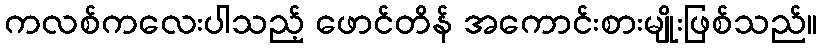
ကလစ်ကလေးပါသည့် ဖောင်တိန် အကောင်းစားမျိုးဖြစ်သည်။